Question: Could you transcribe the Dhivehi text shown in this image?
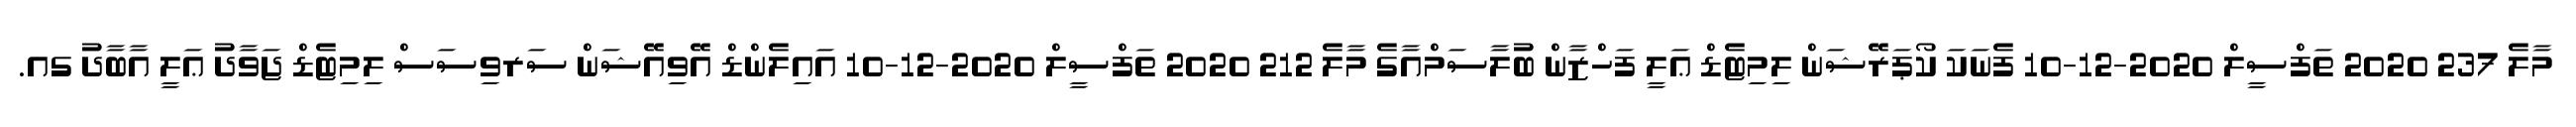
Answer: މާލެ 237 2020 ތަފްސީލް 2020-12-10 ފެނަކަ ކޯޕަރޭޝަން ލިމިޓެޑް ޢަލީ ފަހްޒާން ބުލާސަމްއާގެ މާލެ 212 2020 ތަފްސީލް 2020-12-10 އައިލެންޑް އޭވިއޭޝަން ސަރވިސަސް ލިމިޓެޑް ޖަވާދު ޢަލީ އާބާދު ގއ.